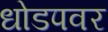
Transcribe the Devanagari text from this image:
धोडपवर